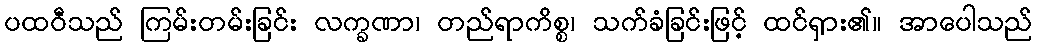
ပထဝီသည် ကြမ်းတမ်းခြင်း လက္ခဏာ၊ တည်ရာကိစ္စ၊ သက်ခံခြင်းဖြင့် ထင်ရှား၏။ အာပေါသည်